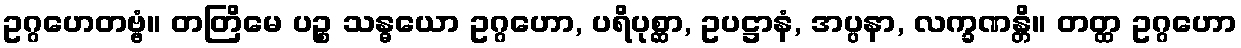
ဥဂ္ဂဟေတဗ္ဗံ။ တတြိမေ ပဉ္စ သန္ဓယော ဥဂ္ဂဟော, ပရိပုစ္ဆာ, ဥပဋ္ဌာနံ, အပ္ပနာ, လက္ခဏန္တိ။ တတ္ထ ဥဂ္ဂဟော